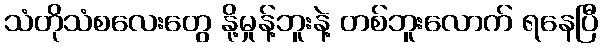
သံတိုသံစလေးတွေ နို့မှုန့်ဘူးနဲ့ တစ်ဘူးလောက် ရနေပြီ